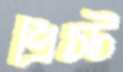
প্রিস্ট